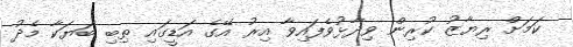
ކަމަށް ރިޔާޒު ކުރިން ވިދާޅުވެފައިވާ އިރު އޭގެ އަޑީގައި ތިބި ބަޔަކާ މެދު